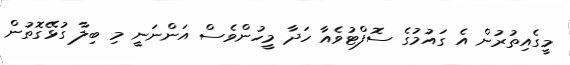
މީގެއިތުރުން އެ ގައުމުގެ ސޮފްޓުވެއާ ހަދާ މީހުންވެސް އަންނަނީ މި ބިލާ ގުޅޭގޮތުން